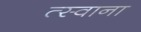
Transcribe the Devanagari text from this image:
त्स्वाना